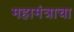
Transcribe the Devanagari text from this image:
महामंत्राचा